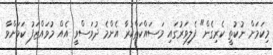
މިކަމަށް ނުކުތީ ކެރިގެން" ފެލިވަރުގައި މަސައްކަތްކުރާ އެންމެ ދުވަސްވީ އެއް މުވައްޒަފު ކަމަށްވާ